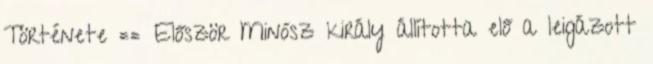
Története == Először Minósz király állította elő a leigázott